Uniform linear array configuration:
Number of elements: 16
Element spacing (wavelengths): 1
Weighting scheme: uniform
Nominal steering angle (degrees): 0
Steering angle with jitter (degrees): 0.6357
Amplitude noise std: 0.05
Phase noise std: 0.05

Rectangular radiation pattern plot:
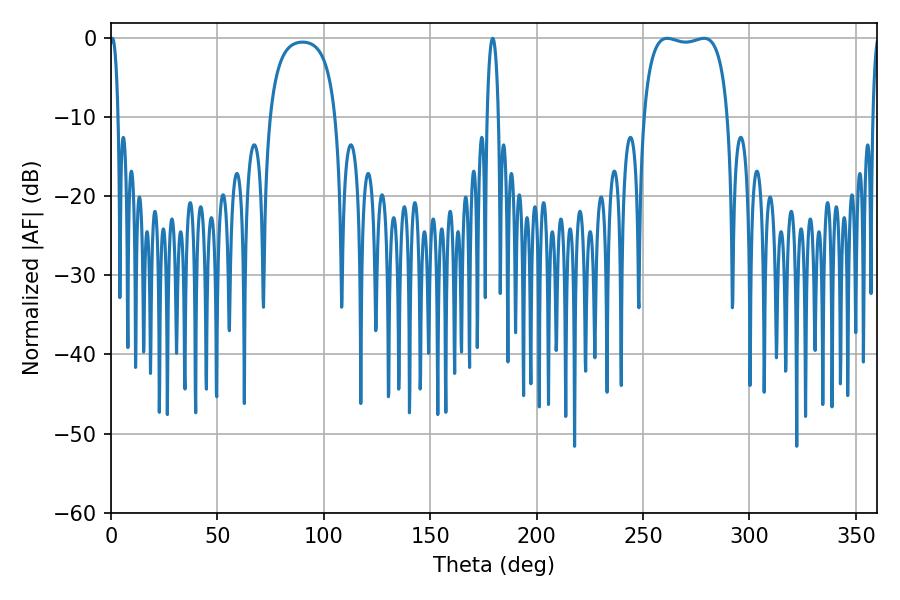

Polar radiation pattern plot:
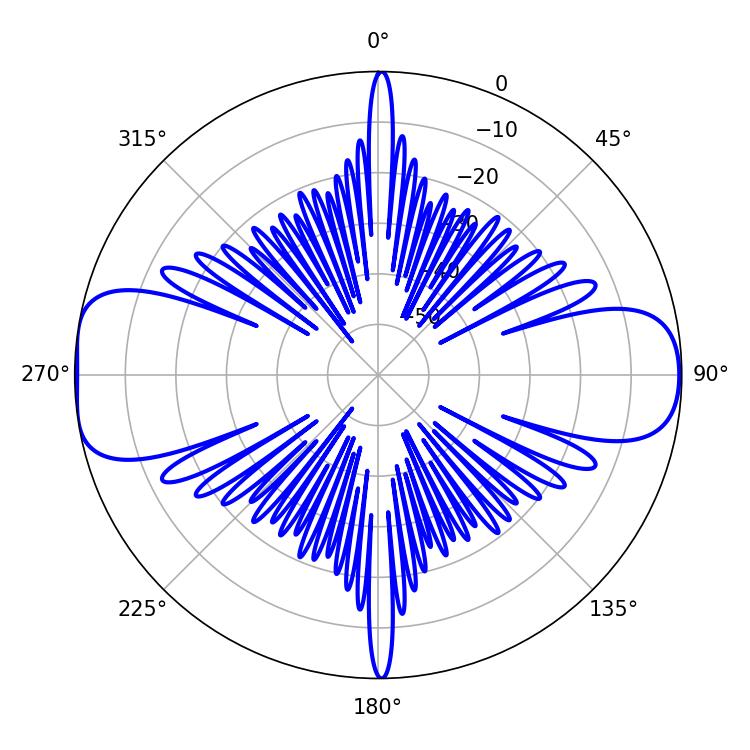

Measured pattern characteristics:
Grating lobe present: TRUE
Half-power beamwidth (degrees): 32.04
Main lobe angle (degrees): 261.36